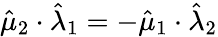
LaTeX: \hat{\mu}_{2}\cdot\hat{\lambda}_{1}=-\hat{\mu}_{1}\cdot\hat{\lambda}_{2}